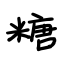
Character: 糖